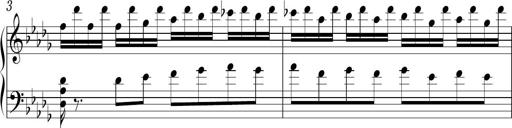
Title: Ten Piano Sonatinas
Composer: Andreas Sain